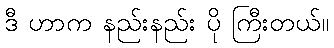
ဒီ ဟာက နည်းနည်း ပို ကြီးတယ်။